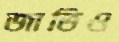
জাভিও